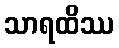
သာရထိဿ